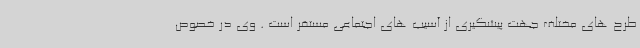
طرح های مختلف جهت پیشگیری از آسیب های اجتماعی مستقر است . وی در خصوص